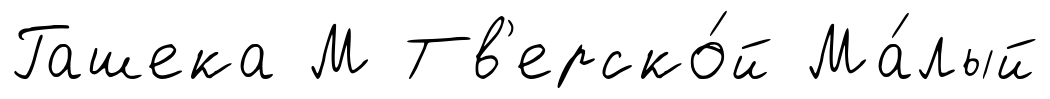
Гашека М Тв'ерско́й Ма́лый